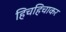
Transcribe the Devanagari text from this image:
हिचहिचाकर